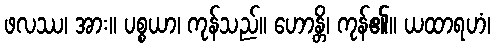
ဖလဿ၊ အား။ ပစ္စယာ၊ ကုန်သည်။ ဟောန္တိ၊ ကုန်၏။ ယထာရဟံ၊